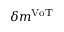
\delta m ^ { \mathrm { V o T } }